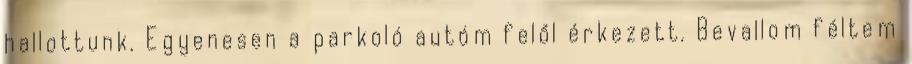
hallottunk. Egyenesen a parkoló autóm felől érkezett. Bevallom féltem